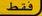
فةط